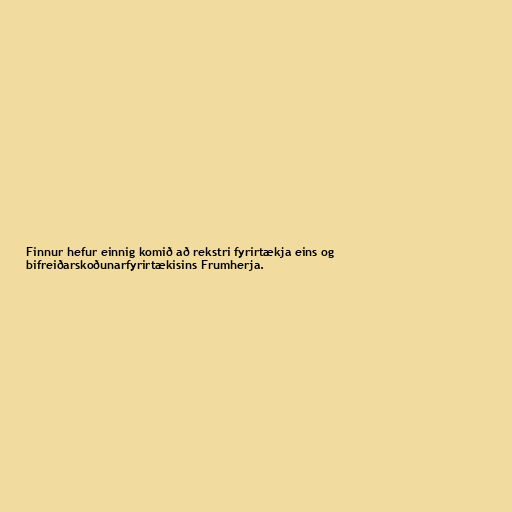
Finnur hefur einnig komið að rekstri fyrirtækja eins og
bifreiðarskoðunarfyrirtækisins Frumherja.